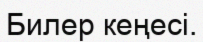
Билер кеңесі.